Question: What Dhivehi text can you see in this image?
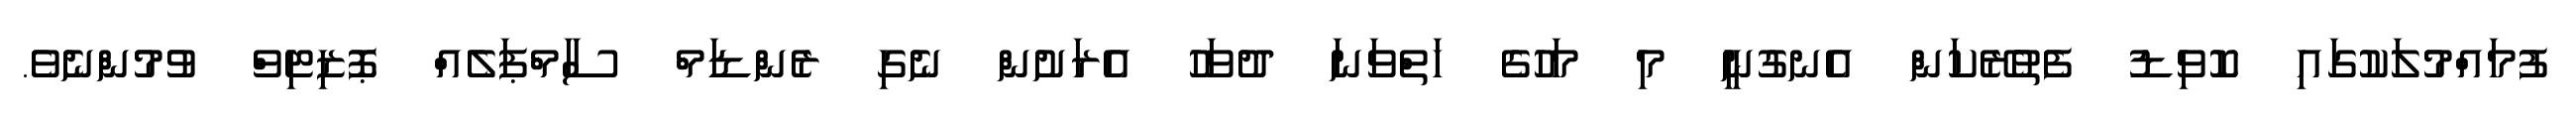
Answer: ފުމައްމުލަކުގައި ކޮވިޑު ފެތުރޭކަން އެނގުނީ މި މަހުގެ ހަތްވަނަ ދުވަހު އެރަށުން ނެގި ރެންޑަމް ސާމްޕަލެއް ޕޮޒިޓިވް ވުމުންނެވެ.